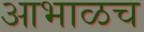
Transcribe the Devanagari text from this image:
आभाळच